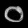
Digit: ၀